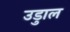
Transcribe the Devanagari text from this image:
उडुाल